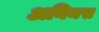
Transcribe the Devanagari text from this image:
अनिमस